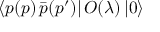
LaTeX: \langle p ( p ) \, \bar { p } ( p ^ { \prime } ) | \, { \cal O } ( \lambda ) \, | 0 \rangle